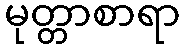
မုတ္တာစာရာ